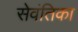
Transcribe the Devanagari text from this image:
सेवंतिका